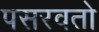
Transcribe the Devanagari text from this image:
पसरवतो